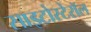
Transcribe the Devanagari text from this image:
साइटोस्टेरॉल